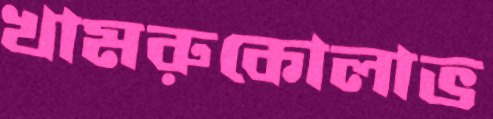
খামরুকোলাভ